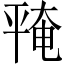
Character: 𪪅